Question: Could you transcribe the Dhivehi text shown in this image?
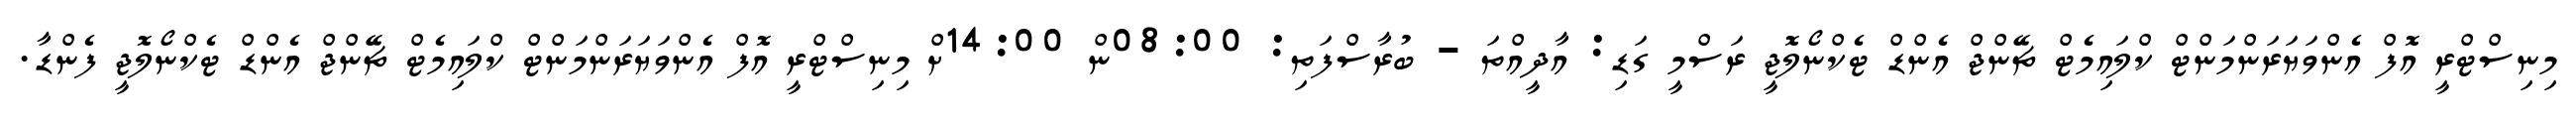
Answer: މިނިސްޓްރީ އޮފް އެންވަޔަރަންމަންޓް ކްލައިމެޓް ޗޭންޖް އެންޑް ޓެކްނޯލޮޖީ ރަސްމީ ގަޑި: އާދީއްތަ - ބުރާސްފަތި: 08:00ން 14:00ށް މިނިސްޓްރީ އޮފް އެންވަޔަރަންމަންޓް ކްލައިމެޓް ޗޭންޖް އެންޑް ޓެކްނޯލޮޖީ ފެންޑާ.